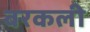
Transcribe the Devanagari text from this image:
बरकली